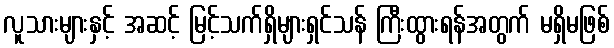
လူသားများနှင့် အဆင့် မြင့်သက်ရှိများရှင်သန် ကြီးထွားရန်အတွက် မရှိမဖြစ်